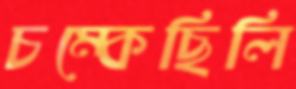
চম্‌কেছিলি